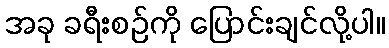
အခု ခရီးစဉ်ကို ပြောင်းချင်လို့ပါ။